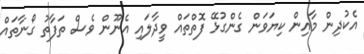
އެކުދިން މާއިން ކިޔަވަން ގެންގުޅޭ ފޮތްތައް ވީދާލައި އެނޫން ވެސް ތަފާތު ގޯނާތައް